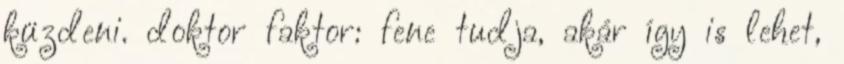
küzdeni. doktor faktor: fene tudja, akár így is lehet,